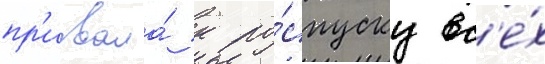
пр'извала́ к ро́спуску вс'е́х